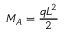
M _ { A } = { \frac { q L ^ { 2 } } { 2 } }